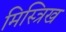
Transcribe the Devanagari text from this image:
मिस्त्रिख